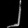
Digit: ၂